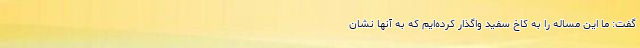
گفت: ما این مساله را به کاخ سفید واگذار کرده‌ایم که به آنها نشان